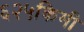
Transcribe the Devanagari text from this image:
६२५किमी